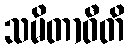
သမိတာဝီတိ